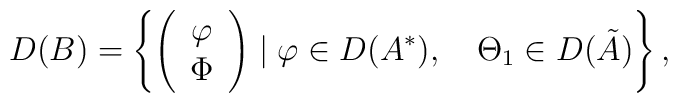
D(B)=\left\{ \left(\begin{array}{c} \varphi \\ \Phi \end{array}\right) \mid \varphi\in D(A^*), \quad \Theta_1 \in D(\tilde{A})\right\},